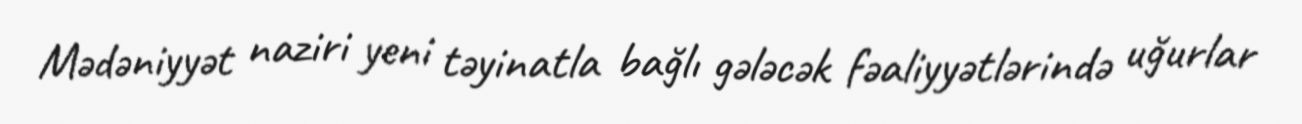
Mədəniyyət naziri yeni təyinatla bağlı gələcək fəaliyyətlərində uğurlar